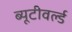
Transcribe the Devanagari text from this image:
ब्यूटीवर्ल्ड